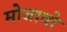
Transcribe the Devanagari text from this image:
मोजावो